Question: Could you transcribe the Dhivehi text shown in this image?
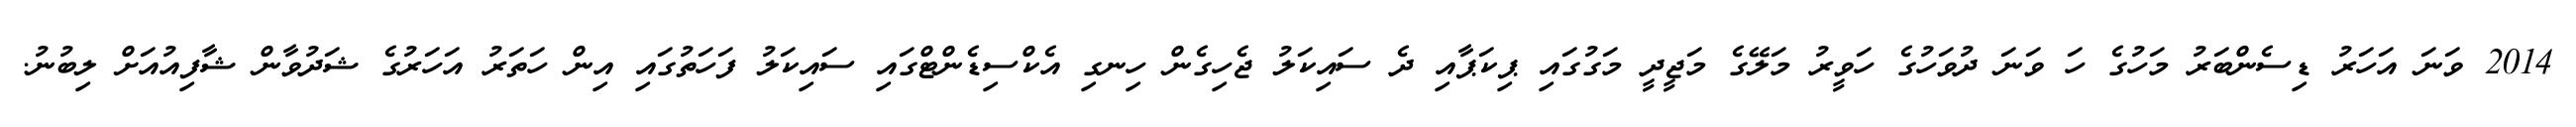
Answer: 2014 ވަނަ އަހަރު ޑިސެންބަރު މަހުގެ ހަ ވަނަ ދުވަހުގެ ހަވީރު މަލޭގެ މަޖީދީ މަގުގައި ޕިކަޕާއި ދެ ސައިކަލު ޖެހިގެން ހިނގި އެކްސިޑެންޓްގައި ސައިކަލު ފަހަތުގައި އިން ހަތަރު އަހަރުގެ ޝަދުވާން ޝާފިއުއަށް ލިބުނު.